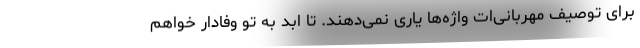
برای توصیف مهربانی‌ات واژه‌ها یاری نمی‌دهند. تا ابد به تو وفادار خواهم